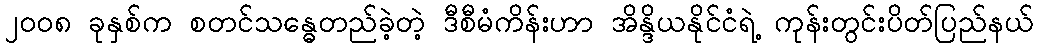
၂၀၀၈ ခုနှစ်က စတင်သန္ဓေတည်ခဲ့တဲ့ ဒီစီမံကိန်းဟာ အိန္ဒိယနိုင်ငံရဲ့ ကုန်းတွင်းပိတ်ပြည်နယ်